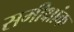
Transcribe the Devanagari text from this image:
समीक्षांक